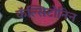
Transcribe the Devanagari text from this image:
कॅल्सिटोनिन